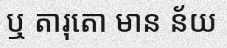
ឬ តារុតោ មាន ន័យ